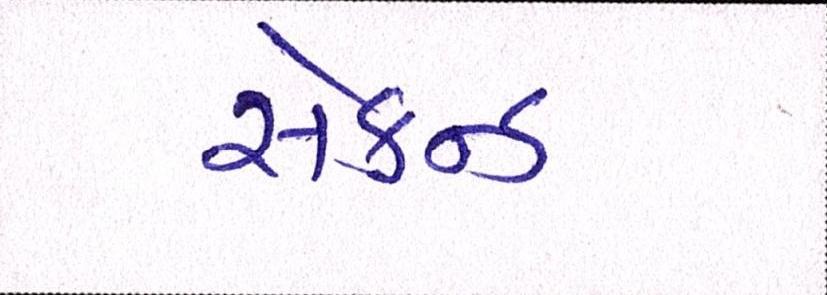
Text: સેકન્ડ